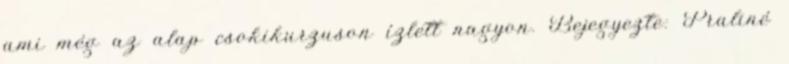
ami még az alap csokikurzuson ízlett nagyon. Bejegyezte: Praliné